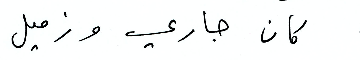
كان جاري وزميل